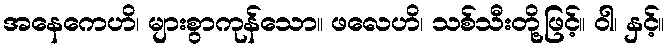
အနေကေဟိ၊ များစွာကုန်သော။ ဖလေဟိ၊ သစ်သီးတို့ဖြင့်။ ဝါ၊ နှင့်။